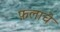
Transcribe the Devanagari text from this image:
फ़लाचे